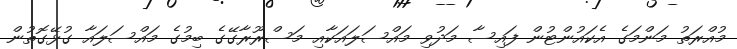
މުއްރަތު މަންމަގެ އެކައުންޓުން ފައިސާ މަދުވި މައްސަލައަކާއި މަސްރޫރާގޭގެ ބިމުގެ މައްސަލައާ ގުޅޭގޮތުން